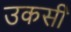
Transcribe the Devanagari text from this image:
उकसी